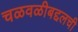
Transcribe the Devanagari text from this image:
चळवळीबद्दलची